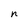
Character: n